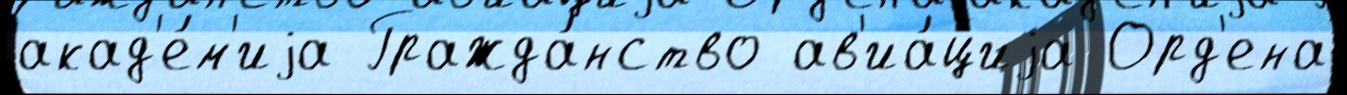
акад'е́м'иjа Гражда́нство ав'иа́циjа Орд'ена